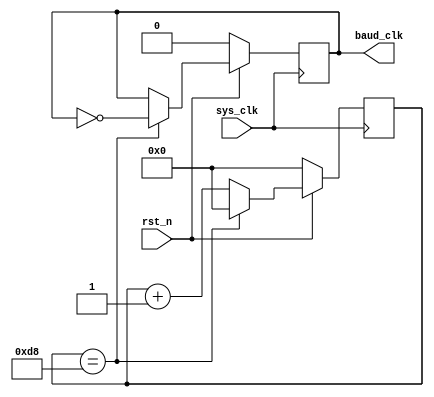
`timescale 1ns/1ns
module baud_gen (
    input sys_clk,
    input rst_n,
    output reg baud_clk
);

// sys_clk is 50M
// baud_clk will be generated to 115200

reg [8:0] baud_cnt;

always @ (posedge sys_clk) begin
    if (!rst_n) begin
        baud_cnt <= #1 9'd0;
        baud_clk <= #1 1'b0;
    end else begin
        if (baud_cnt == 216) begin
            baud_cnt <= #1 9'd0;
            baud_clk <= #1 !baud_clk;
        end else
            baud_cnt <= #1 baud_cnt + 1;
    end
end

endmodule